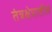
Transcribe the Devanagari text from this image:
तंत्रक्षेत्रातील